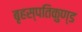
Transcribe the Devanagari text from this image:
बृहस्पतिकुण्ड